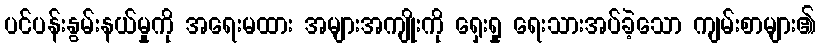
ပင်ပန်းနွမ်းနယ်မှုကို အရေးမထား အများအကျိုးကို ရှေးရှု ရေးသားအပ်ခဲ့သော ကျမ်းစာများ၏